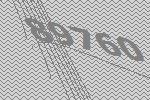
89760